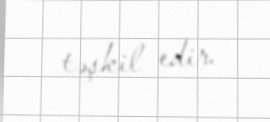
təşkil edir.